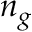
n _ { g }